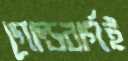
গোল্ডবার্গই